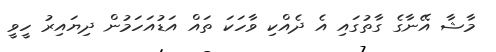
މާޝާ އޭނާގެ ގާތުގައި އެ ދެއްކި ވާހަކަ ތައް އަޑުއަހަމުން ދިޔައިރު ހީވީ